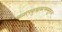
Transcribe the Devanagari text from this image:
म्र्ख्र्स्फ्क्रुय्र्ह्क्म्फ्स्य्सुफ्ज्व्